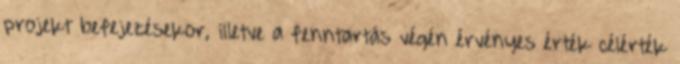
projekt befejezésekor, illetve a fenntartás végén érvényes érték célérték